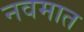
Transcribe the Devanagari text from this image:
नवमात